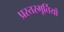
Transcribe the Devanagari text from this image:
प्रस्तरमूर्तियों